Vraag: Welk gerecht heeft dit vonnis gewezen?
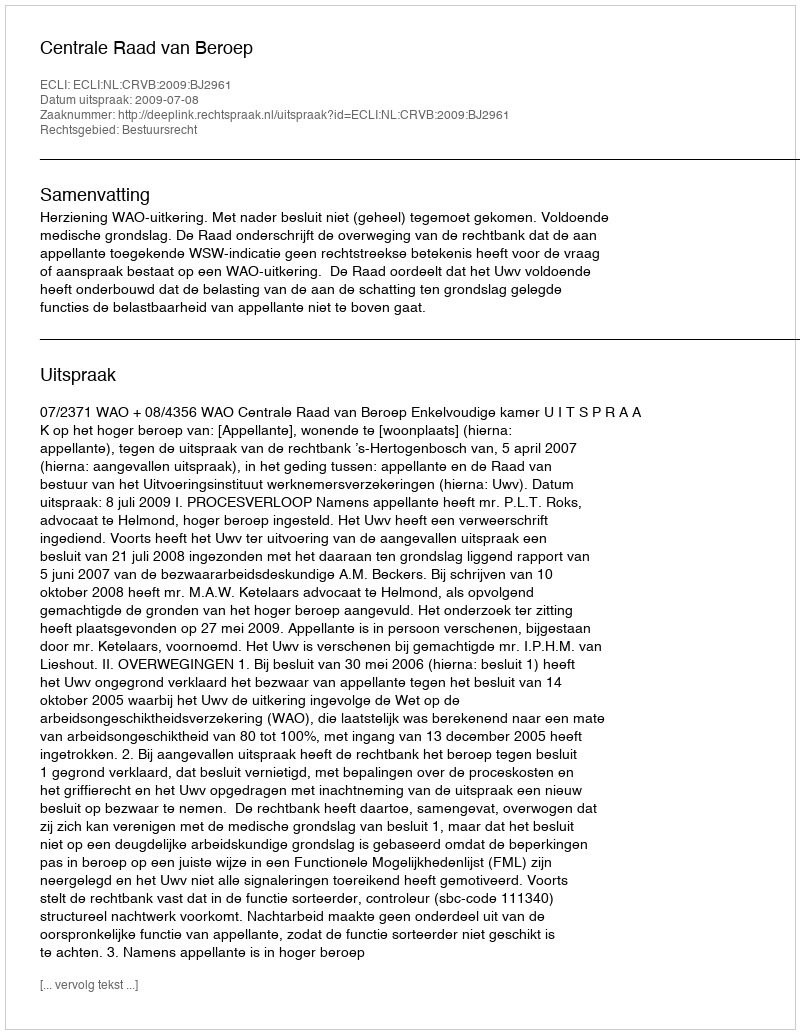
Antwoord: Centrale Raad van Beroep